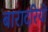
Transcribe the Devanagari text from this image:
बारादरियों